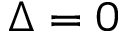
\Delta = 0